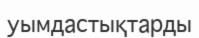
уымдастықтарды